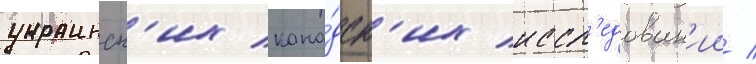
украинск'их кана́дск'их иссл'едован'ии /